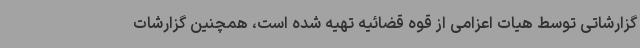
گزارشاتی توسط هیات اعزامی از قوه قضائیه تهیه شده است، همچنین گزارشات